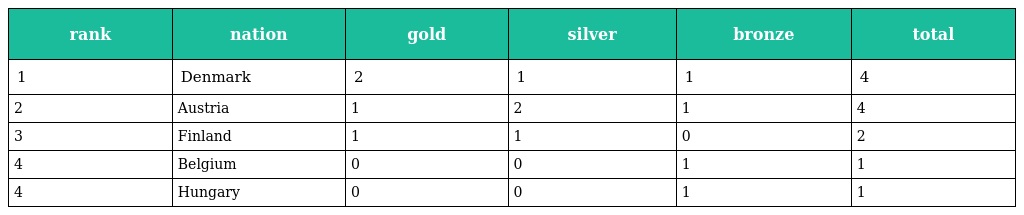
| rank | nation | gold | silver | bronze | total |
 | --- | --- | --- | --- | --- | --- |
 | 1 | Denmark | 2 | 1 | 1 | 4 |
 | 2 | Austria | 1 | 2 | 1 | 4 |
 | 3 | Finland | 1 | 1 | 0 | 2 |
 | 4 | Belgium | 0 | 0 | 1 | 1 |
 | 4 | Hungary | 0 | 0 | 1 | 1 |